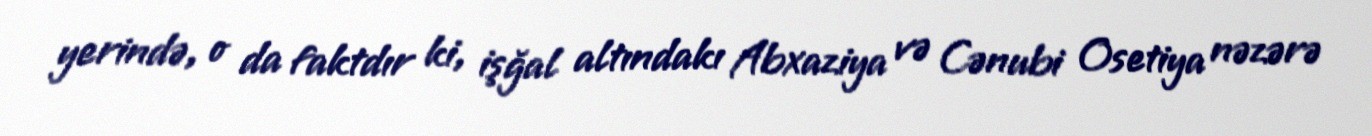
yerində, o da faktdır ki, işğal altındakı Abxaziya və Cənubi Osetiya nəzərə